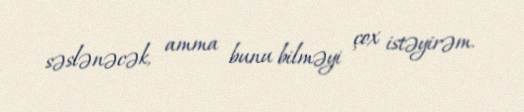
səslənəcək, amma bunu bilməyi çox istəyirəm.